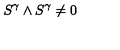
S ^ { \gamma } \wedge S ^ { \gamma } \not = 0 \label H